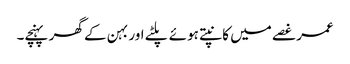
عمر غصے میں کانپتے ہوئے پلٹے اور بہن کے گھر پہنچے۔